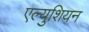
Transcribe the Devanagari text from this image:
एल्युशियन